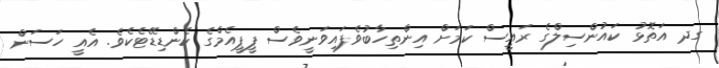
ގދ އަތޮޅު ކައުންސިލްގެ ރައީސް ކަމަށް އިންތިހާބުވެފައިވަނީވެސް ޕީޕީއެމްގެ ކެންޑިޑޭޓެކެވެ. އެއީ ހަސަން